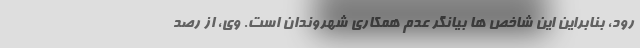
رود، بنابراین این شاخص ها بیانگر عدم همکاری شهروندان است. وی، از رصد